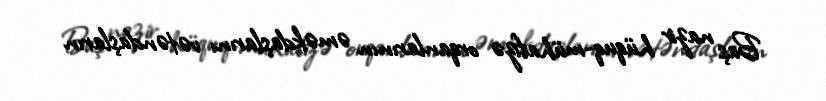
Baş nazir hüquq-mühafizə orqanlarının əməkdaşlarını vətəndaşların